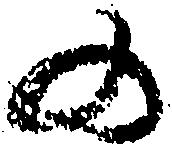
の